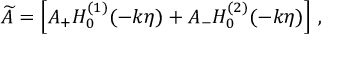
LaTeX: \widetilde { A } = \left[ A _ { + } H _ { 0 } ^ { ( 1 ) } ( - k \eta ) + A _ { - } H _ { 0 } ^ { ( 2 ) } ( - k \eta ) \right] \, ,